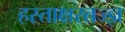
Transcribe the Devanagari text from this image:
हस्ताक्षरतज्ज्ञ